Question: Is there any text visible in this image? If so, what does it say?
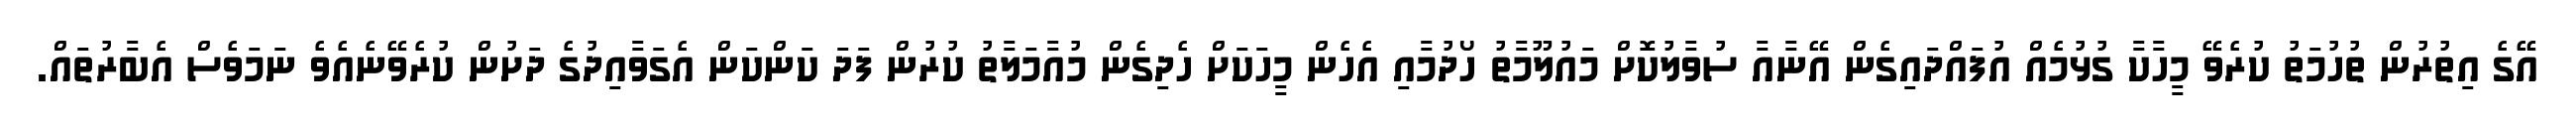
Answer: އޭގެ އިތުރުން ތުހުމަތު ކުރެވޭ މީހާކާ ގުޅުމެއް އުފައްދައިގެން އޭނާއާ ސުވާލުކޮށް މައުލޫމާތު ހޯދުމާއި އެހެން މީހަކަށް ހެދިގެން މުއާމަލާތު ކުރުން ފަދަ ކަންކަން އެގަވާއިދުގެ ދަށުން ކުރެވޭނެއެވެ ނަމަވެސް އެބާރުތައް.